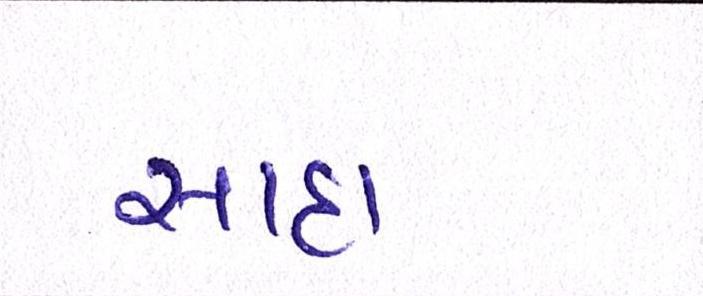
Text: સાદા